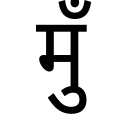
OCR:
मुँ